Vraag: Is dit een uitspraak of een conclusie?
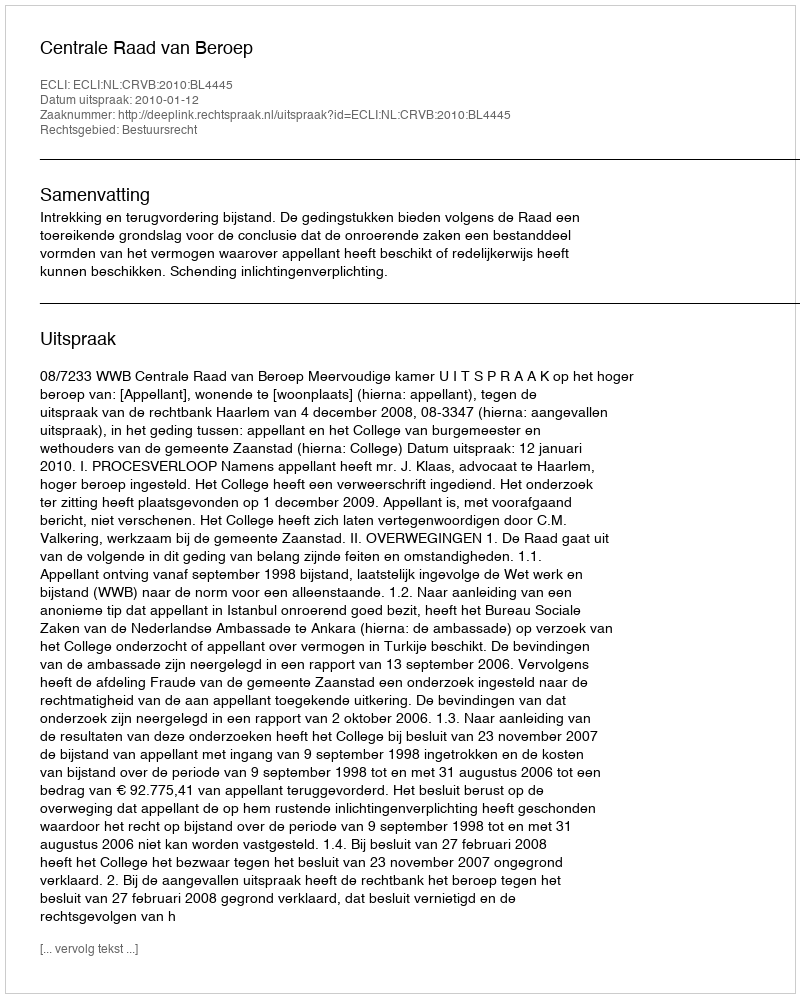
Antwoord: Uitspraak